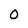
Character: 0